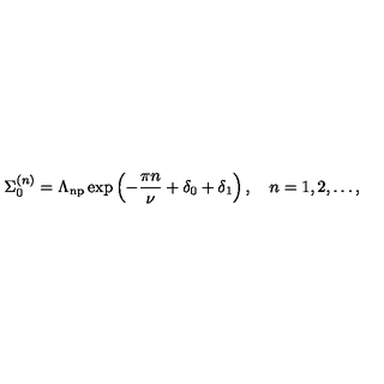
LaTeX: \Sigma _ { 0 } ^ { ( n ) } = \Lambda _ { \mathrm { n p } } \exp \left( - \frac { \pi n } { \nu } + \delta _ { 0 } + \delta _ { 1 } \right) , \quad n = 1 , 2 , \dots ,